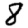
Digit: 8